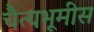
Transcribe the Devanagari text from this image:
चैत्यभूमीस